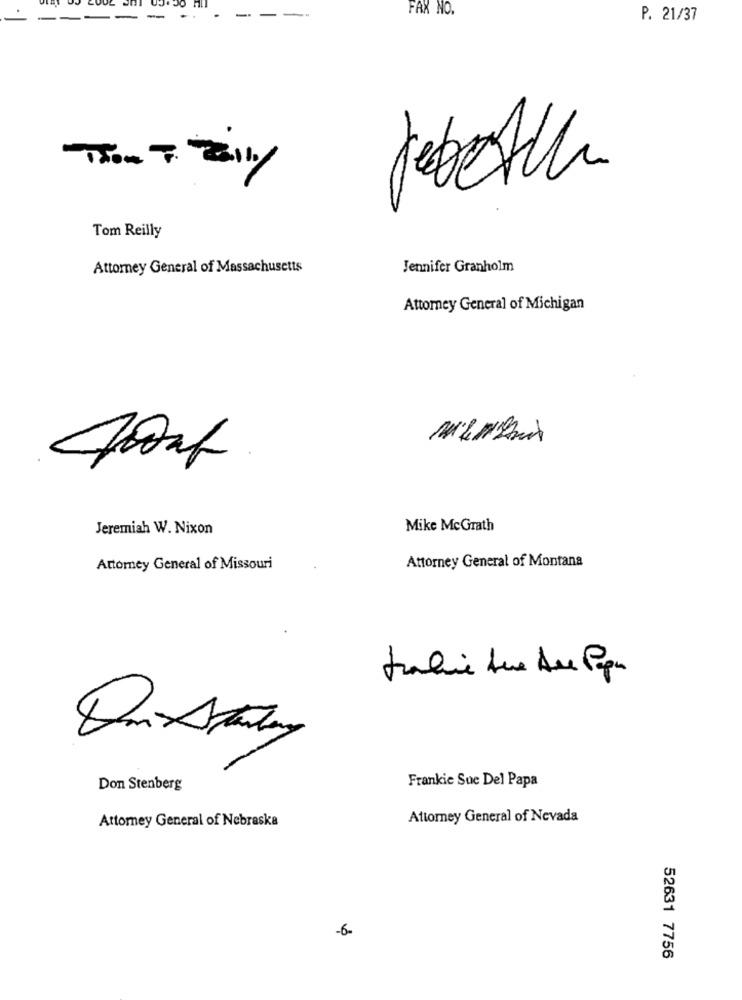
FAX NO.
P. 21/37
Tom Reilly
Attorney General of Massachusetts
Jennifer Granholm
Attorney General of Michigan
Jeremiah W. Nixon
Mike McGrath
Attorney General of Missouri
Attorney General of Montana
tralie due Au Popu
Don Stenberg
Frankie Sue Del Papa
Attorney General of Nebraska
Attorney General of Nevada
-6-
52631 7756